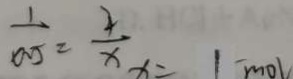
\frac { 1 } { 0 . 5 } = \frac { 4 } { x } _ { x } = 1 m o l